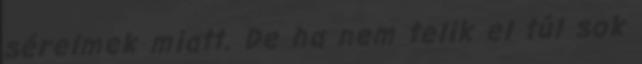
sérelmek miatt. De ha nem telik el túl sok